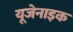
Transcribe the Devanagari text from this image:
यूजेनाइक